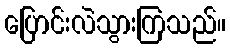
ပြောင်းလဲသွားကြသည်။